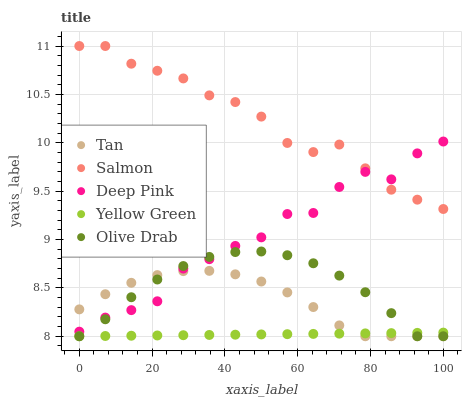
| xaxis_label | Tan | Salmon | Deep Pink | Yellow Green | Olive Drab |
 | --- | --- | --- | --- | --- | --- |
 | 0 | 8.28 | 11 | 8.05 | 8 | 8 |
 | 7.14 | 8.43 | 11 | 8.19 | 8 | 8.18 |
 | 14.3 | 8.55 | 10.8 | 8.27 | 8.01 | 8.4 |
 | 21.4 | 8.63 | 10.7 | 8.36 | 8.01 | 8.59 |
 | 28.6 | 8.67 | 10.7 | 8.7 | 8.01 | 8.73 |
 | 35.7 | 8.68 | 10.5 | 8.8 | 8.01 | 8.82 |
 | 42.9 | 8.64 | 10.4 | 8.93 | 8.02 | 8.87 |
 | 50 | 8.57 | 10.3 | 9.02 | 8.02 | 8.88 |
 | 57.1 | 8.45 | 10 | 9.26 | 8.02 | 8.84 |
 | 64.3 | 8.3 | 9.9 | 9.27 | 8.02 | 8.75 |
 | 71.4 | 8.11 | 9.98 | 9.54 | 8.03 | 8.63 |
 | 78.6 | 8 | 9.74 | 9.7 | 8.03 | 8.46 |
 | 85.7 | 8 | 9.51 | 9.62 | 8.03 | 8.24 |
 | 92.9 | 8 | 9.41 | 9.89 | 8.03 | 8 |
 | 100 | 8 | 9.32 | 10 | 8.04 | 8 |